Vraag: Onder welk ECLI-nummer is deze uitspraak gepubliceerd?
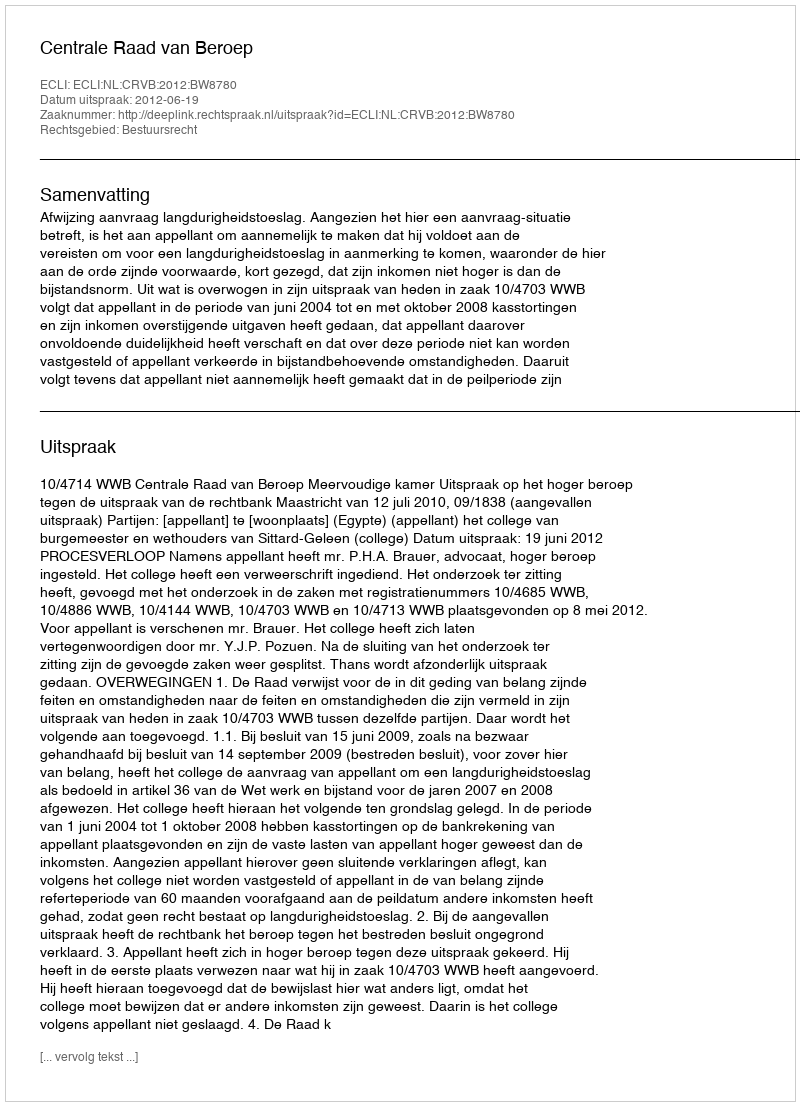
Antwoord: ECLI:NL:CRVB:2012:BW8780